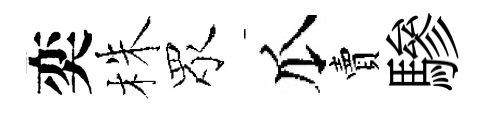
奕株眾瓜賣驂